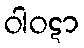
ဝါဝဋာ